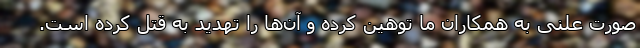
صورت علنی به همکاران ما توهین کرده و آن‌ها را تهدید به قتل کرده است.